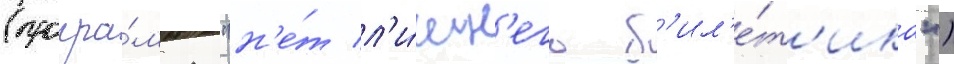
(програ́мма "н'е́т л'и́шн'его б'ил'е́т'ика")